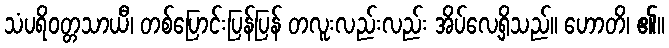
သံပရိဝတ္တသာယီ၊ တစ်ပြောင်းပြန်ပြန် တလူးလည်းလည်း အိပ်လေ့ရှိသည်။ ဟောတိ၊ ၏။